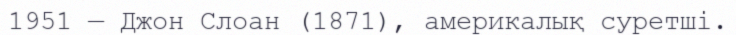
1951 — Джон Слоан (1871), америкалық суретші.